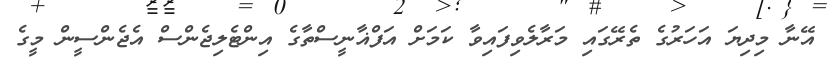
އޭނާ މިދިޔަ އަހަރުގެ ތެރޭގައި މަރާލެވިފައިވާ ކަމަށް އަފްޣާނީސްތާގެ އިންޓެލިޖެންސް އެޖެންސީން މީގެ